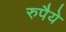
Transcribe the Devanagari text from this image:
रुपैये